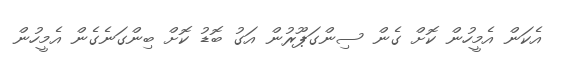
އެކަން އެމީހުން ކޮށް ގެން ސިންގަޕޫރުން އަގު ބޮޑު ކޮށް ބިންގަނެގެން އެމީހުން